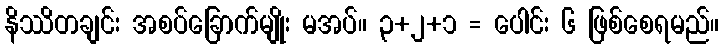
နိဿိတချင်း အစပ်ခြောက်မျိုး မအပ်။ ၃+၂+၁ = ပေါင်း ၆ ဖြစ်စေရမည်။